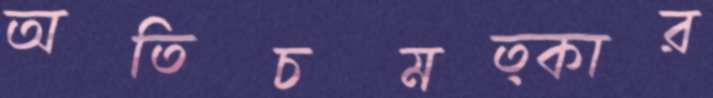
অতিচমত্কার